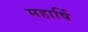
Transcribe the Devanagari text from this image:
महार्षि